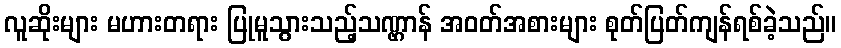
လူဆိုးများ မဟားတရား ပြုမူသွားသည့်သဏ္ဌာန် အဝတ်အစားများ စုတ်ပြတ်ကျန်ရစ်ခဲ့သည်။